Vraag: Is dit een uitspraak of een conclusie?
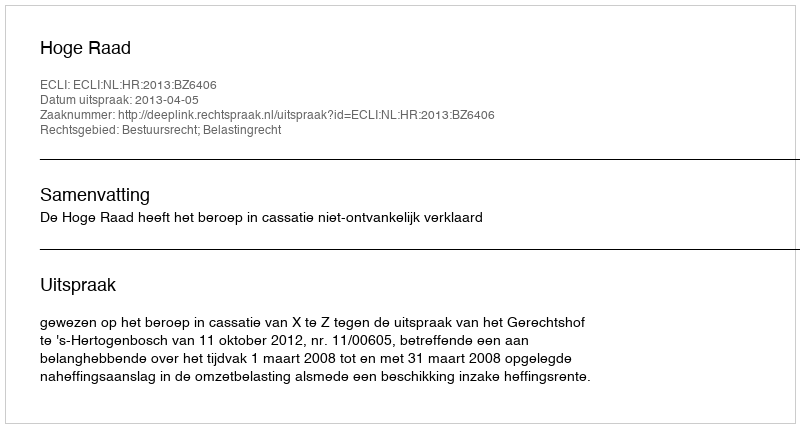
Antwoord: Uitspraak